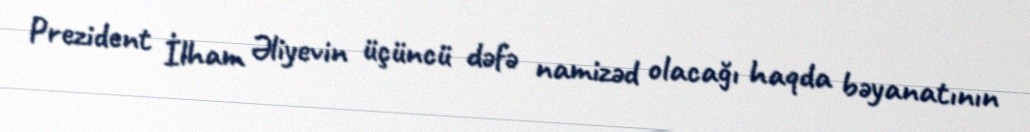
Prezident İlham Əliyevin üçüncü dəfə namizəd olacağı haqda bəyanatının